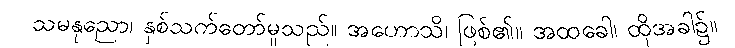
သမနုညော၊ နှစ်သက်တော်မူသည်။ အဟောသိ၊ ဖြစ်၏။ အထခေါ၊ ထိုအခါ၌။